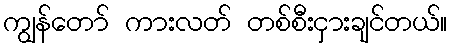
ကျွန်တော် ကားလတ် တစ်စီးငှားချင်တယ်။